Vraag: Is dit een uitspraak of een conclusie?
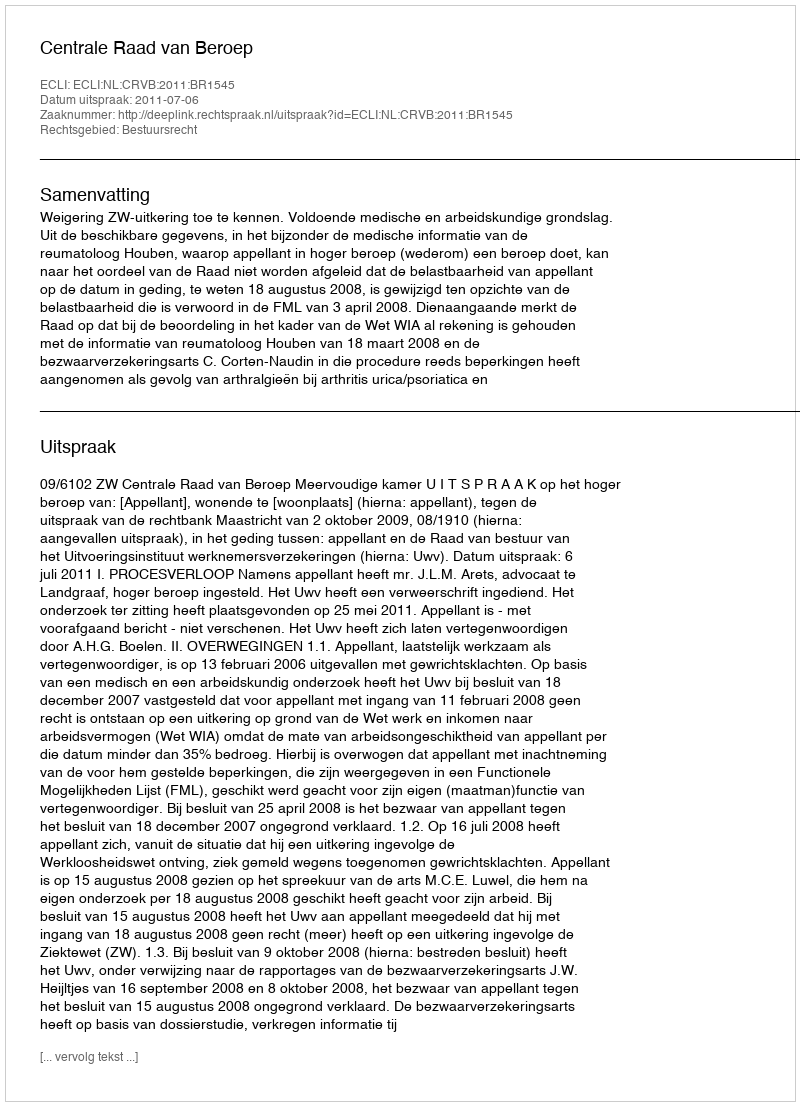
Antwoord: Uitspraak